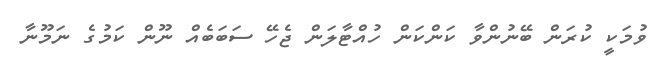
ވުމަކީ ކުރަން ބޭނުންވާ ކަންކަން ހުއްޓާލަން ޖެހޭ ސަބަބެއް ނޫން ކަމުގެ ނަމޫނާ